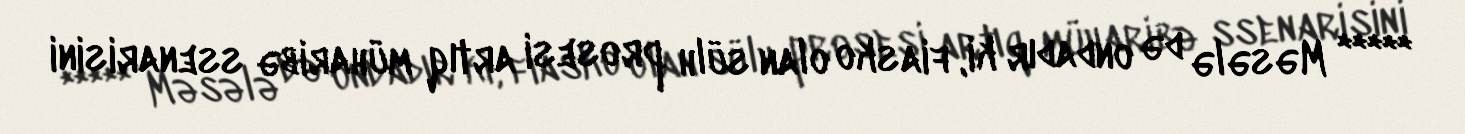
***** Məsələ də ondadır ki, fiasko olan sülh prosesi artıq müharibə ssenarisini